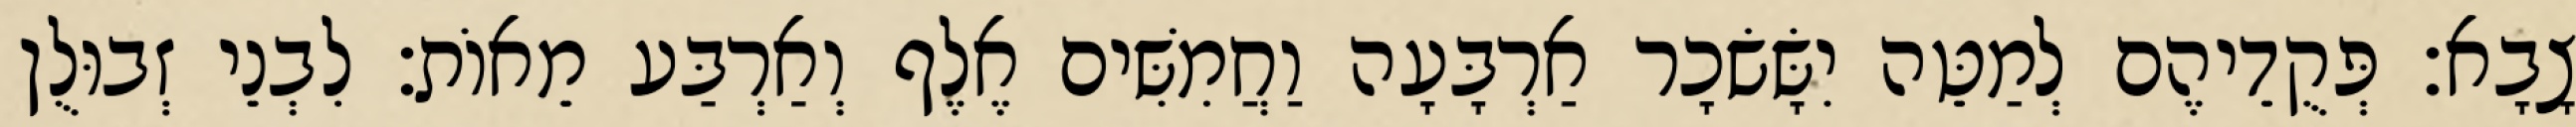
צָבָא׃ פְּקֻדֵיהֶם לְמַטֵּה יִשָּׂשׂכָר אַרְבָּעָה וַחֲמִשִּׁים אֶלֶף וְאַרְבַּע מֵאוֹת׃ לִבְנֵי זְבוּלֻן